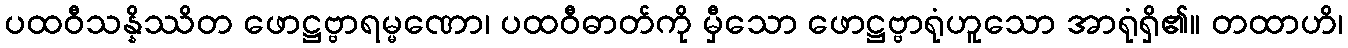
ပထဝီသန္နိဿိတ ဖောဋ္ဌဗ္ဗာရမ္မဏော၊ ပထဝီဓာတ်ကို မှီသော ဖောဋ္ဌဗ္ဗာရုံဟူသော အာရုံရှိ၏။ တထာဟိ၊